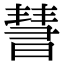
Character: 𣊄